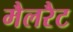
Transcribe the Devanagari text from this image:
मैलरैट